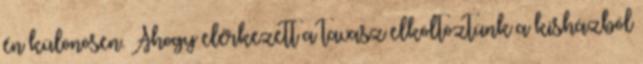
én különösen. Ahogy elérkezett a tavasz elköltöztünk a kisházból